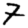
Digit: 7